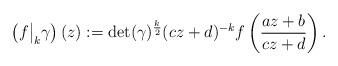
LaTeX: \begin{align*}\left(f \big|_k \gamma \right)(z) := \det(\gamma)^{\frac k2} (cz+d)^{-k} f\left(\frac{az+b}{cz+d}\right).\end{align*}